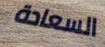
السعادة